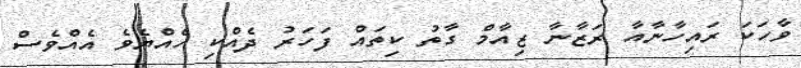
ވާހަކަ ރައިހާނާއާ ރަޒާނާ ޒިއާމް ގާތު ކިތައް ފަހަރު ދެއްކި ހެއްޔެވެ އެއްވެސް